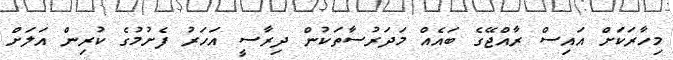
މިހާރަކަށް އައިސް ރާއްޖޭގެ ބައެއް މަދަރުސާތަކުން ދިރާސީ އަހަރު ފެށުމުގެ ކުރިން އަލަށް